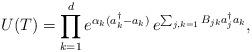
LaTeX: \begin{align*}U(T)=\prod_{k=1}^{d}e^{\alpha_k(a_k^{\dagger}-a_{k})}\,e^{\sum_{j,k=1} B_{jk}a_{j}^{\dagger}a_{k}},\end{align*}